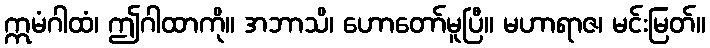
ဣမံဂါထံ၊ ဤဂါထာကို။ အဘာသိ၊ ဟောတော်မူပြီ။ မဟာရာဇ၊ မင်းမြတ်။